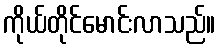
ကိုယ်တိုင်မောင်းလာသည်။